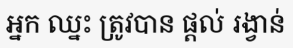
អ្នក ឈ្នះ ត្រូវបាន ផ្តល់ រង្វាន់